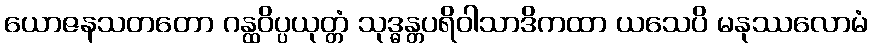
ယောဇနသတတော ဂန္ထဝိပ္ပယုတ္တံ သုဒ္ဓန္တပရိဝါသာဒိကထာ ယသေပိ မနုဿလောမံ